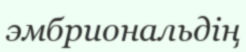
эмбриональдің